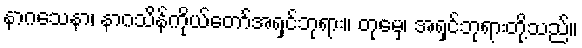
နာဂသေနာ၊ နာဂသိန်ကိုယ်တော်အရှင်ဘုရား။ တုမှေ၊ အရှင်ဘုရားတို့သည်။